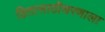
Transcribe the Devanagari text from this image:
हितासाठीधरणाला